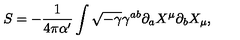
S = - \frac { 1 } { 4 \pi \alpha ^ { \prime } } \int \sqrt { - \gamma } \gamma ^ { a b } \partial _ { a } X ^ { \mu } \partial _ { b } X _ { \mu } ,